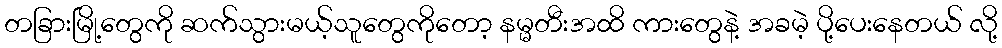
တခြားမြို့တွေကို ဆက်သွားမယ့်သူတွေကိုတော့ နမ္မတီးအထိ ကားတွေနဲ့ အခမဲ့ ပို့ပေးနေတယ် လို့